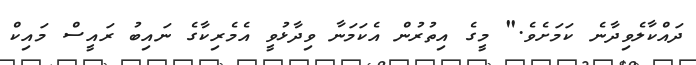
ދައްކާލެވިދާނެ ކަމަށެވެ." މީގެ އިތުރުން އެކަމަނާ ވިދާޅުވީ އެމެރިކާގެ ނައިބު ރައީސް މައިކް